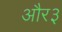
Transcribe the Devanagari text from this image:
और३